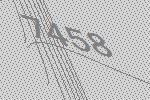
7458